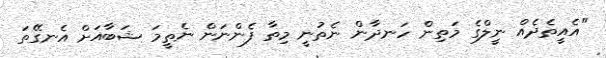
"އެއީތެދެއް ނީލްގެ މަތިން ހަނދާން ނެތުނީ މިތާ ފެންނަން ނެތީމަ ޝަބާއަށް އެނގޭތަ